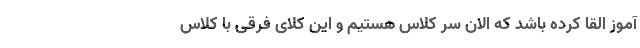
آموز القا کرده باشد که الان سر کلاس هستیم و این کلای فرقی با کلاس